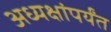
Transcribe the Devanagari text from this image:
अध्यक्षांपर्यंत